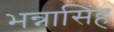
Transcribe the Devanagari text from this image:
भन्नासिंह